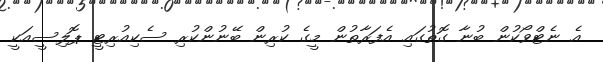
އެ ނެޓްވޯކުން ބުނާ ގޮތުގައި އެފަރާތުން މީގެ ކުރިން ބޭނުންކުރި ސެކިއުރިޓީ ޕޮލިސީއަކީ